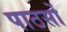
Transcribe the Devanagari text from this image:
पाठसों